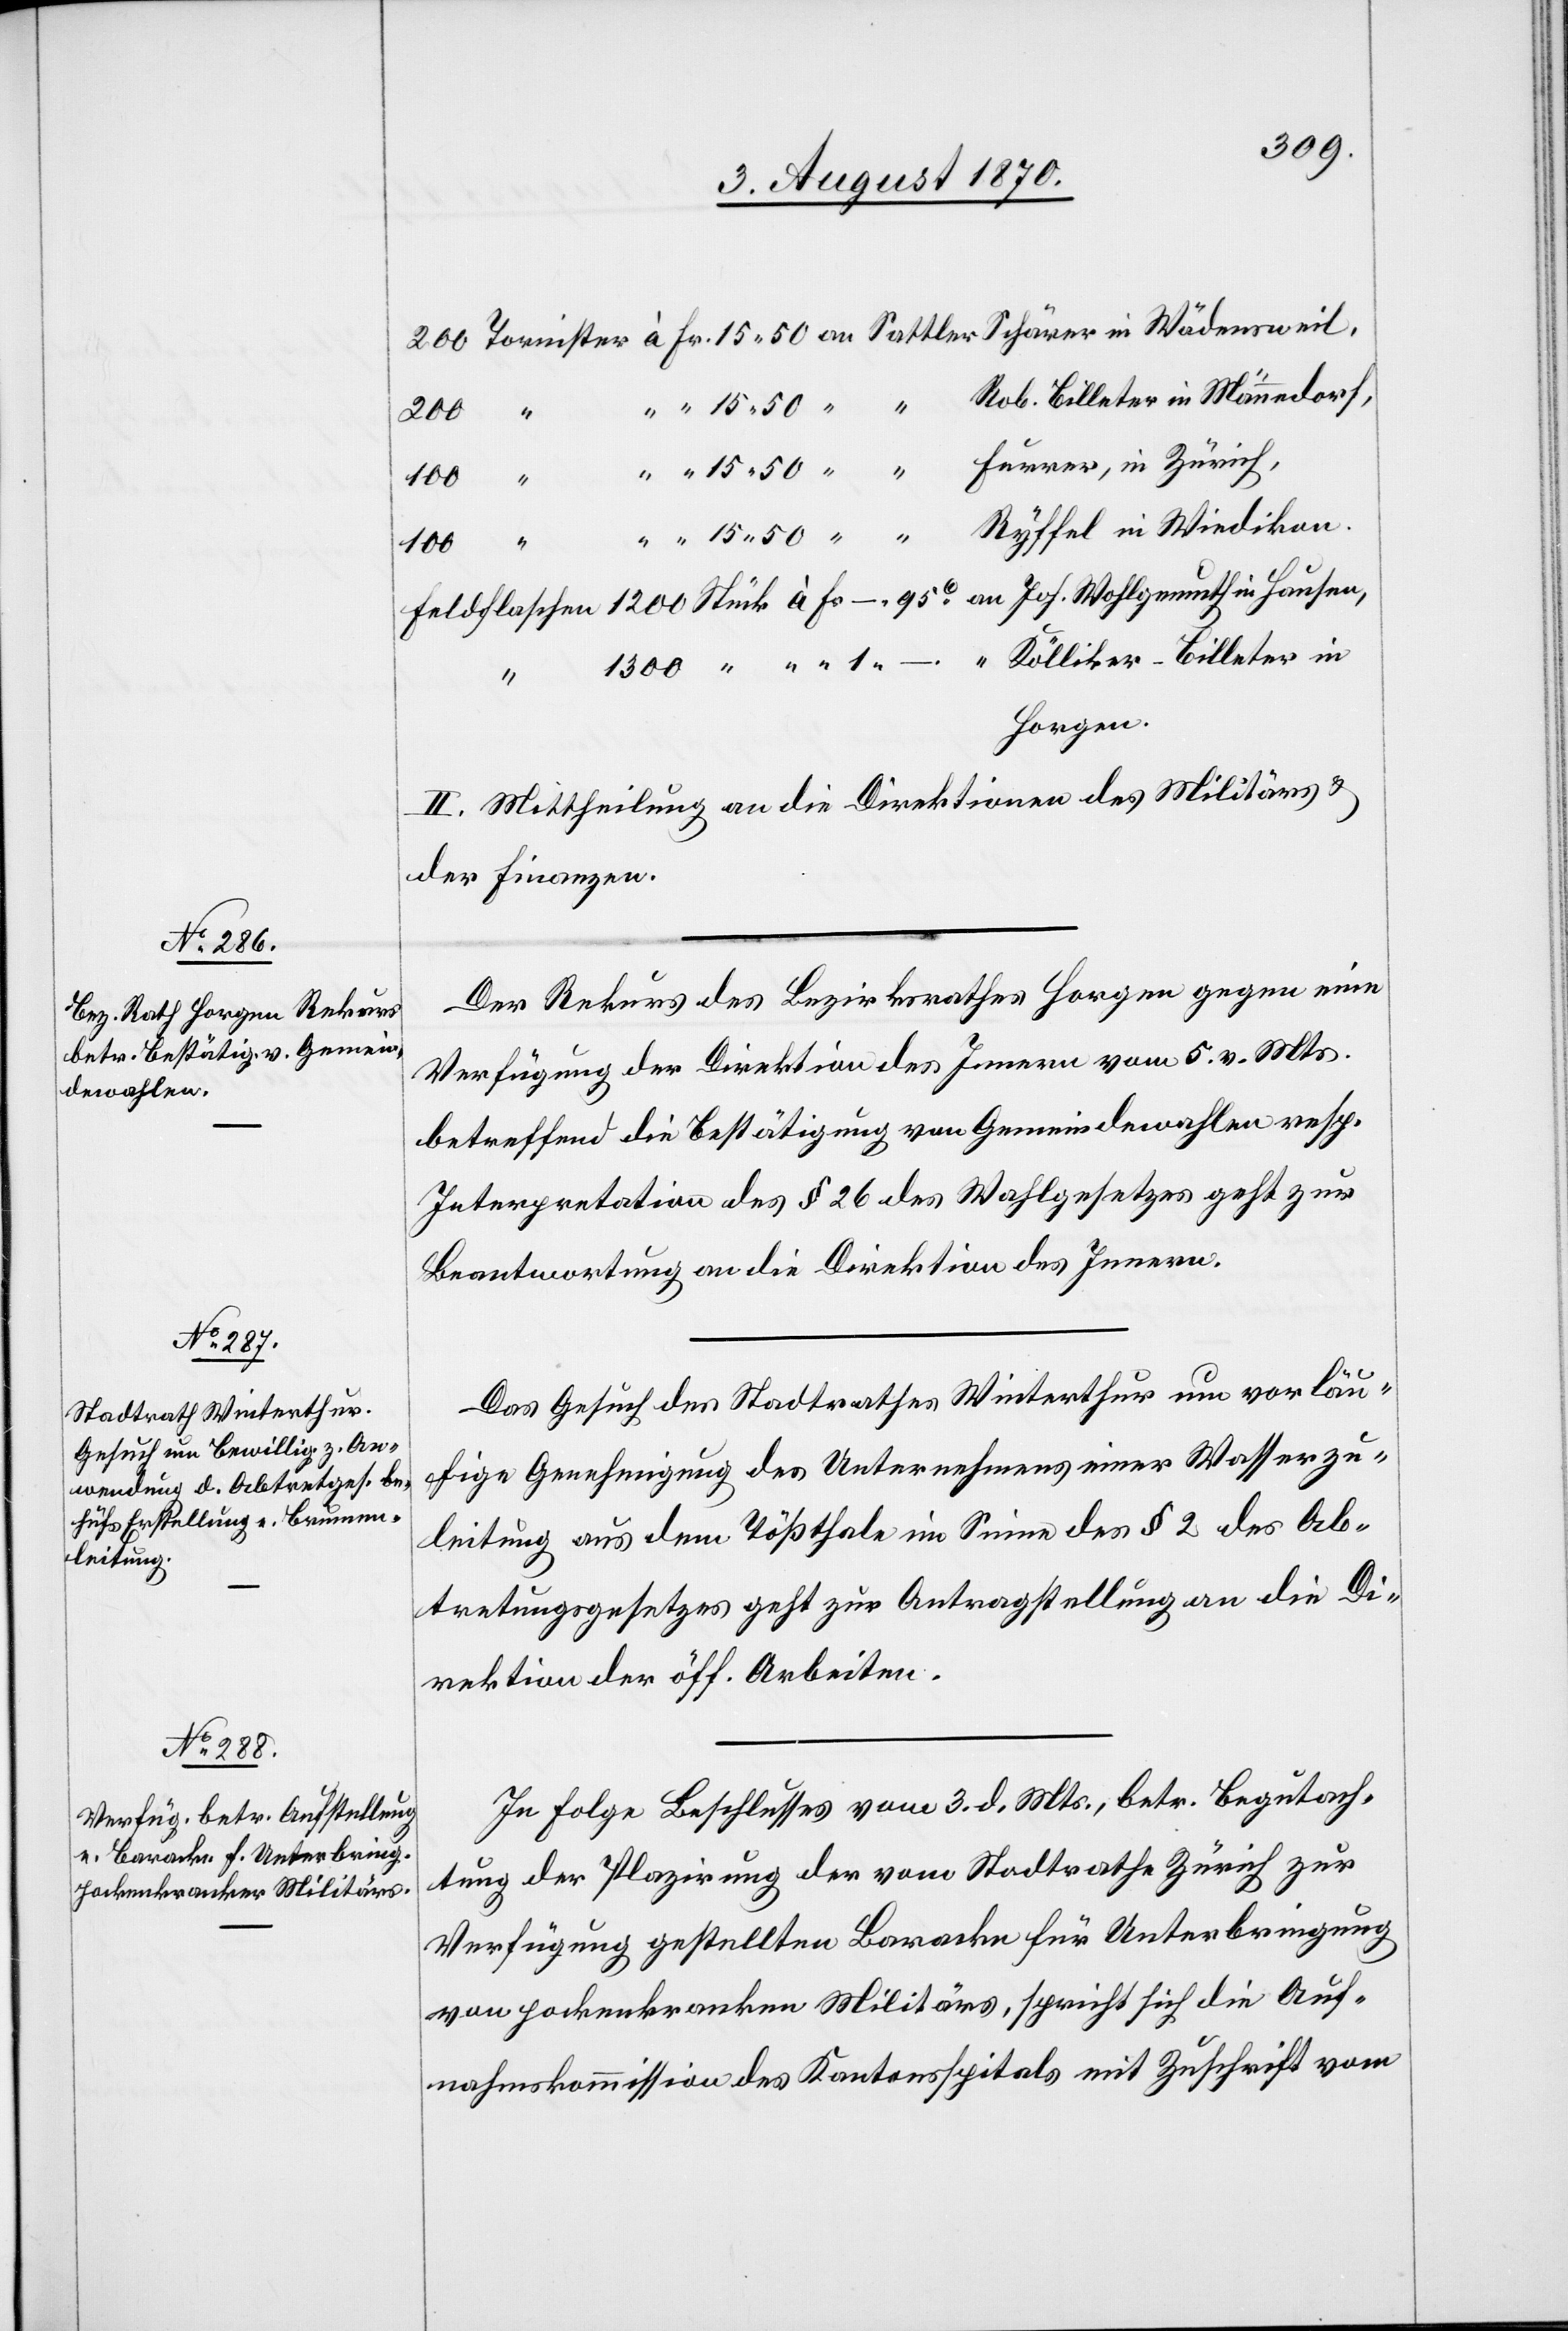
5. August 1870.]
1. –.
Horgen.
II. Mittheilung an die Direktionen des Militärs &
der Finanzen.
Der Rekurs des Bezirksrathes Horgen gegen eine
Verfügung der Direktion des Innern vom 5. v. Mts.
betreffend die Bestätigung von Gemeindewahlen resp.
Interpretation des § 26 des Wahlgesetzes geht zur
Beantwortung an die Direktion des Innern.
Das Gesuch des Stadtrathes Winterthur um vorläu¬
fige Genehmigung des Unternehmens einer Wasserzu¬
leitung aus dem Tößthale im Sinne des § 2 des Ab¬
tretungsgesetzes geht zur Antragstellung an die Di¬
rektion der öff. Arbeiten.
In Folge Beschlusses vom 3. d. Mts., betr. Begutach¬
tung der Plazirung der vom Stadtrathe Zürich zur
Verfügung gestellten Baracke für Unterbringung
von pockenkranken Militärs, spricht sich die Auf¬
nahmskommission des Kantonsspitales mit Zuschrift vom